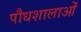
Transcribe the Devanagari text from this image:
पौधशालाओं